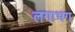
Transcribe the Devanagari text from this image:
लगाभग